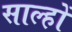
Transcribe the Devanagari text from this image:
साल्हों